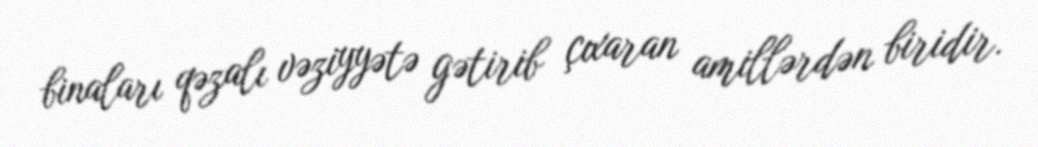
binaları qəzalı vəziyyətə gətirib çıxaran amillərdən biridir.